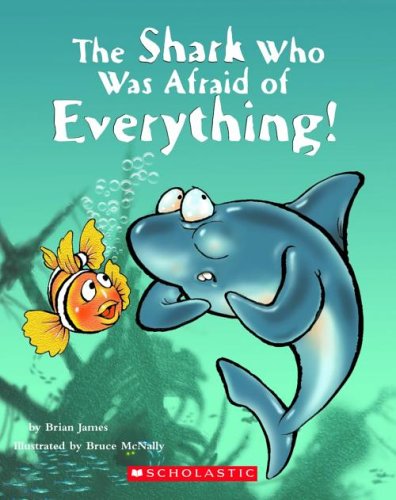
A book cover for The Shark Who Was Afraid Of Everything!; Brian James; Humor & Entertainment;